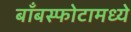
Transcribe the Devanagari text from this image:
बाँबस्फोटामध्ये